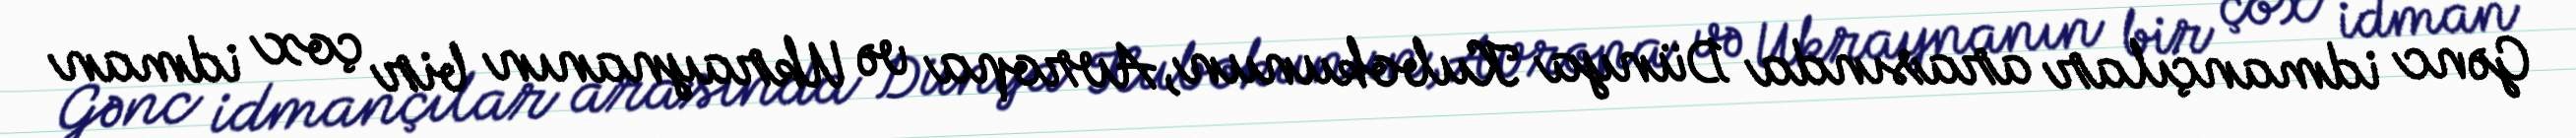
Gənc idmançılar arasında Dünya Kubokunun, Avropa və Ukraynanın bir çox idman